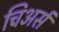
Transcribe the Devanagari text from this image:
चिअर्स